38_143685_box_Incident_Summaries_101-172
Agency: Department of War
Page 169
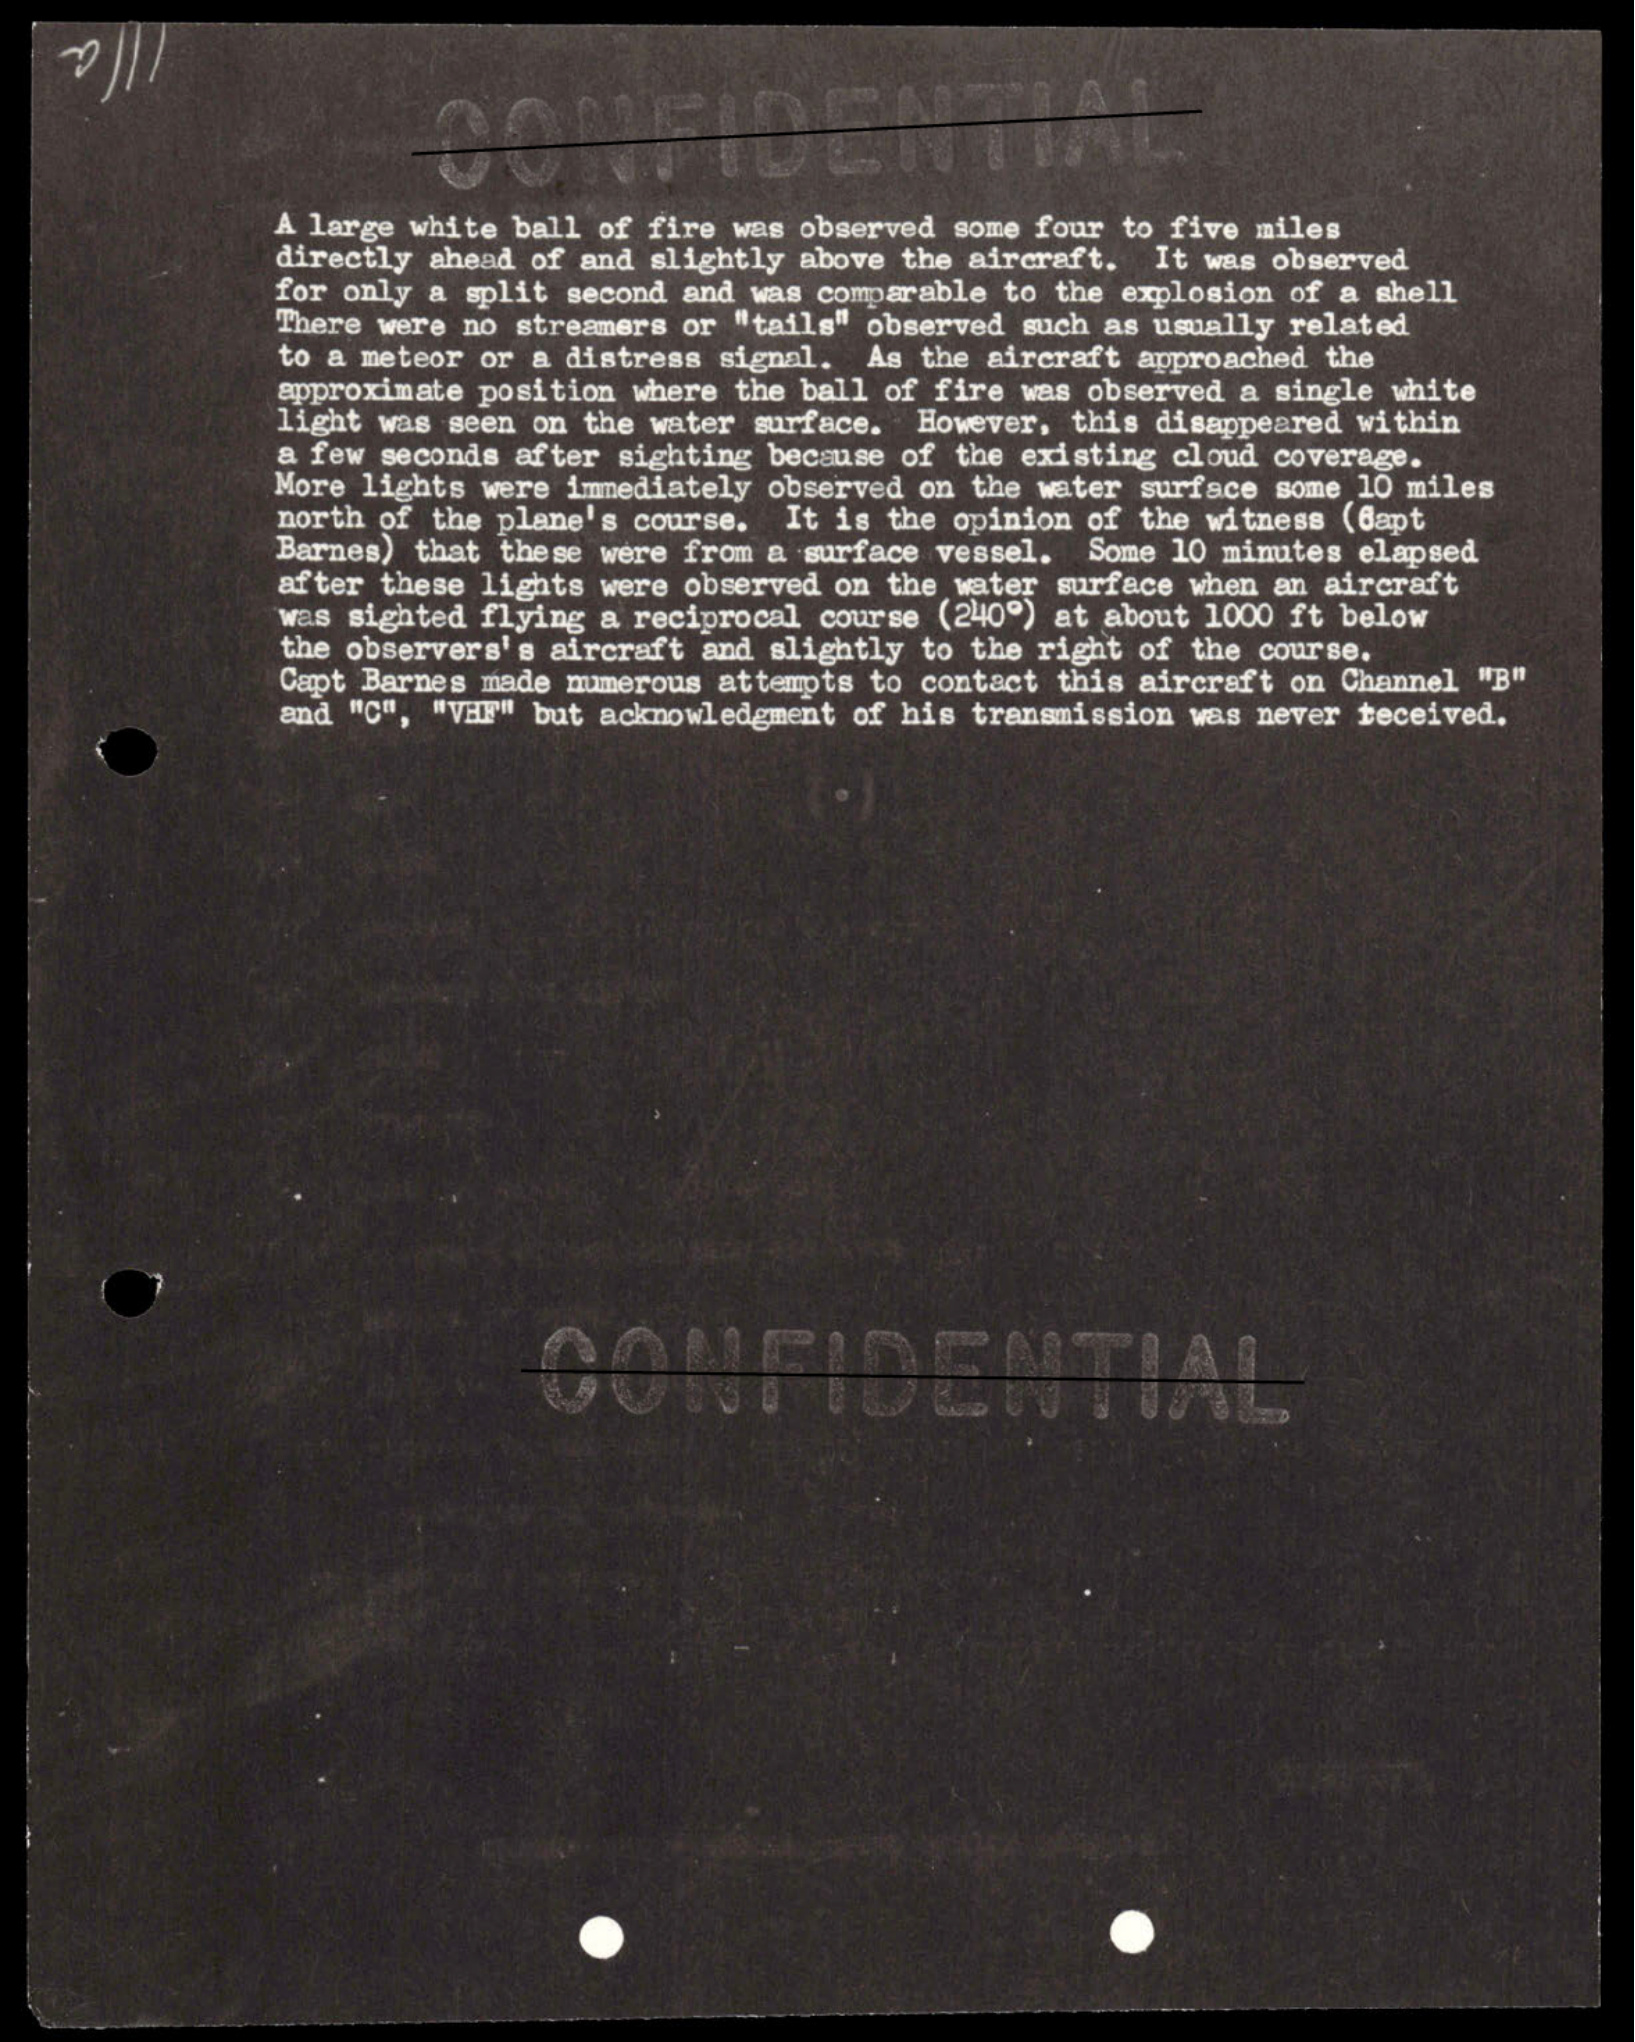